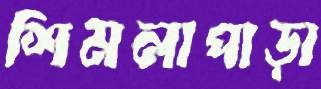
শিমলাপাড়া